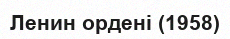
Ленин ордені (1958)